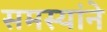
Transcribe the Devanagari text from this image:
समस्यांने